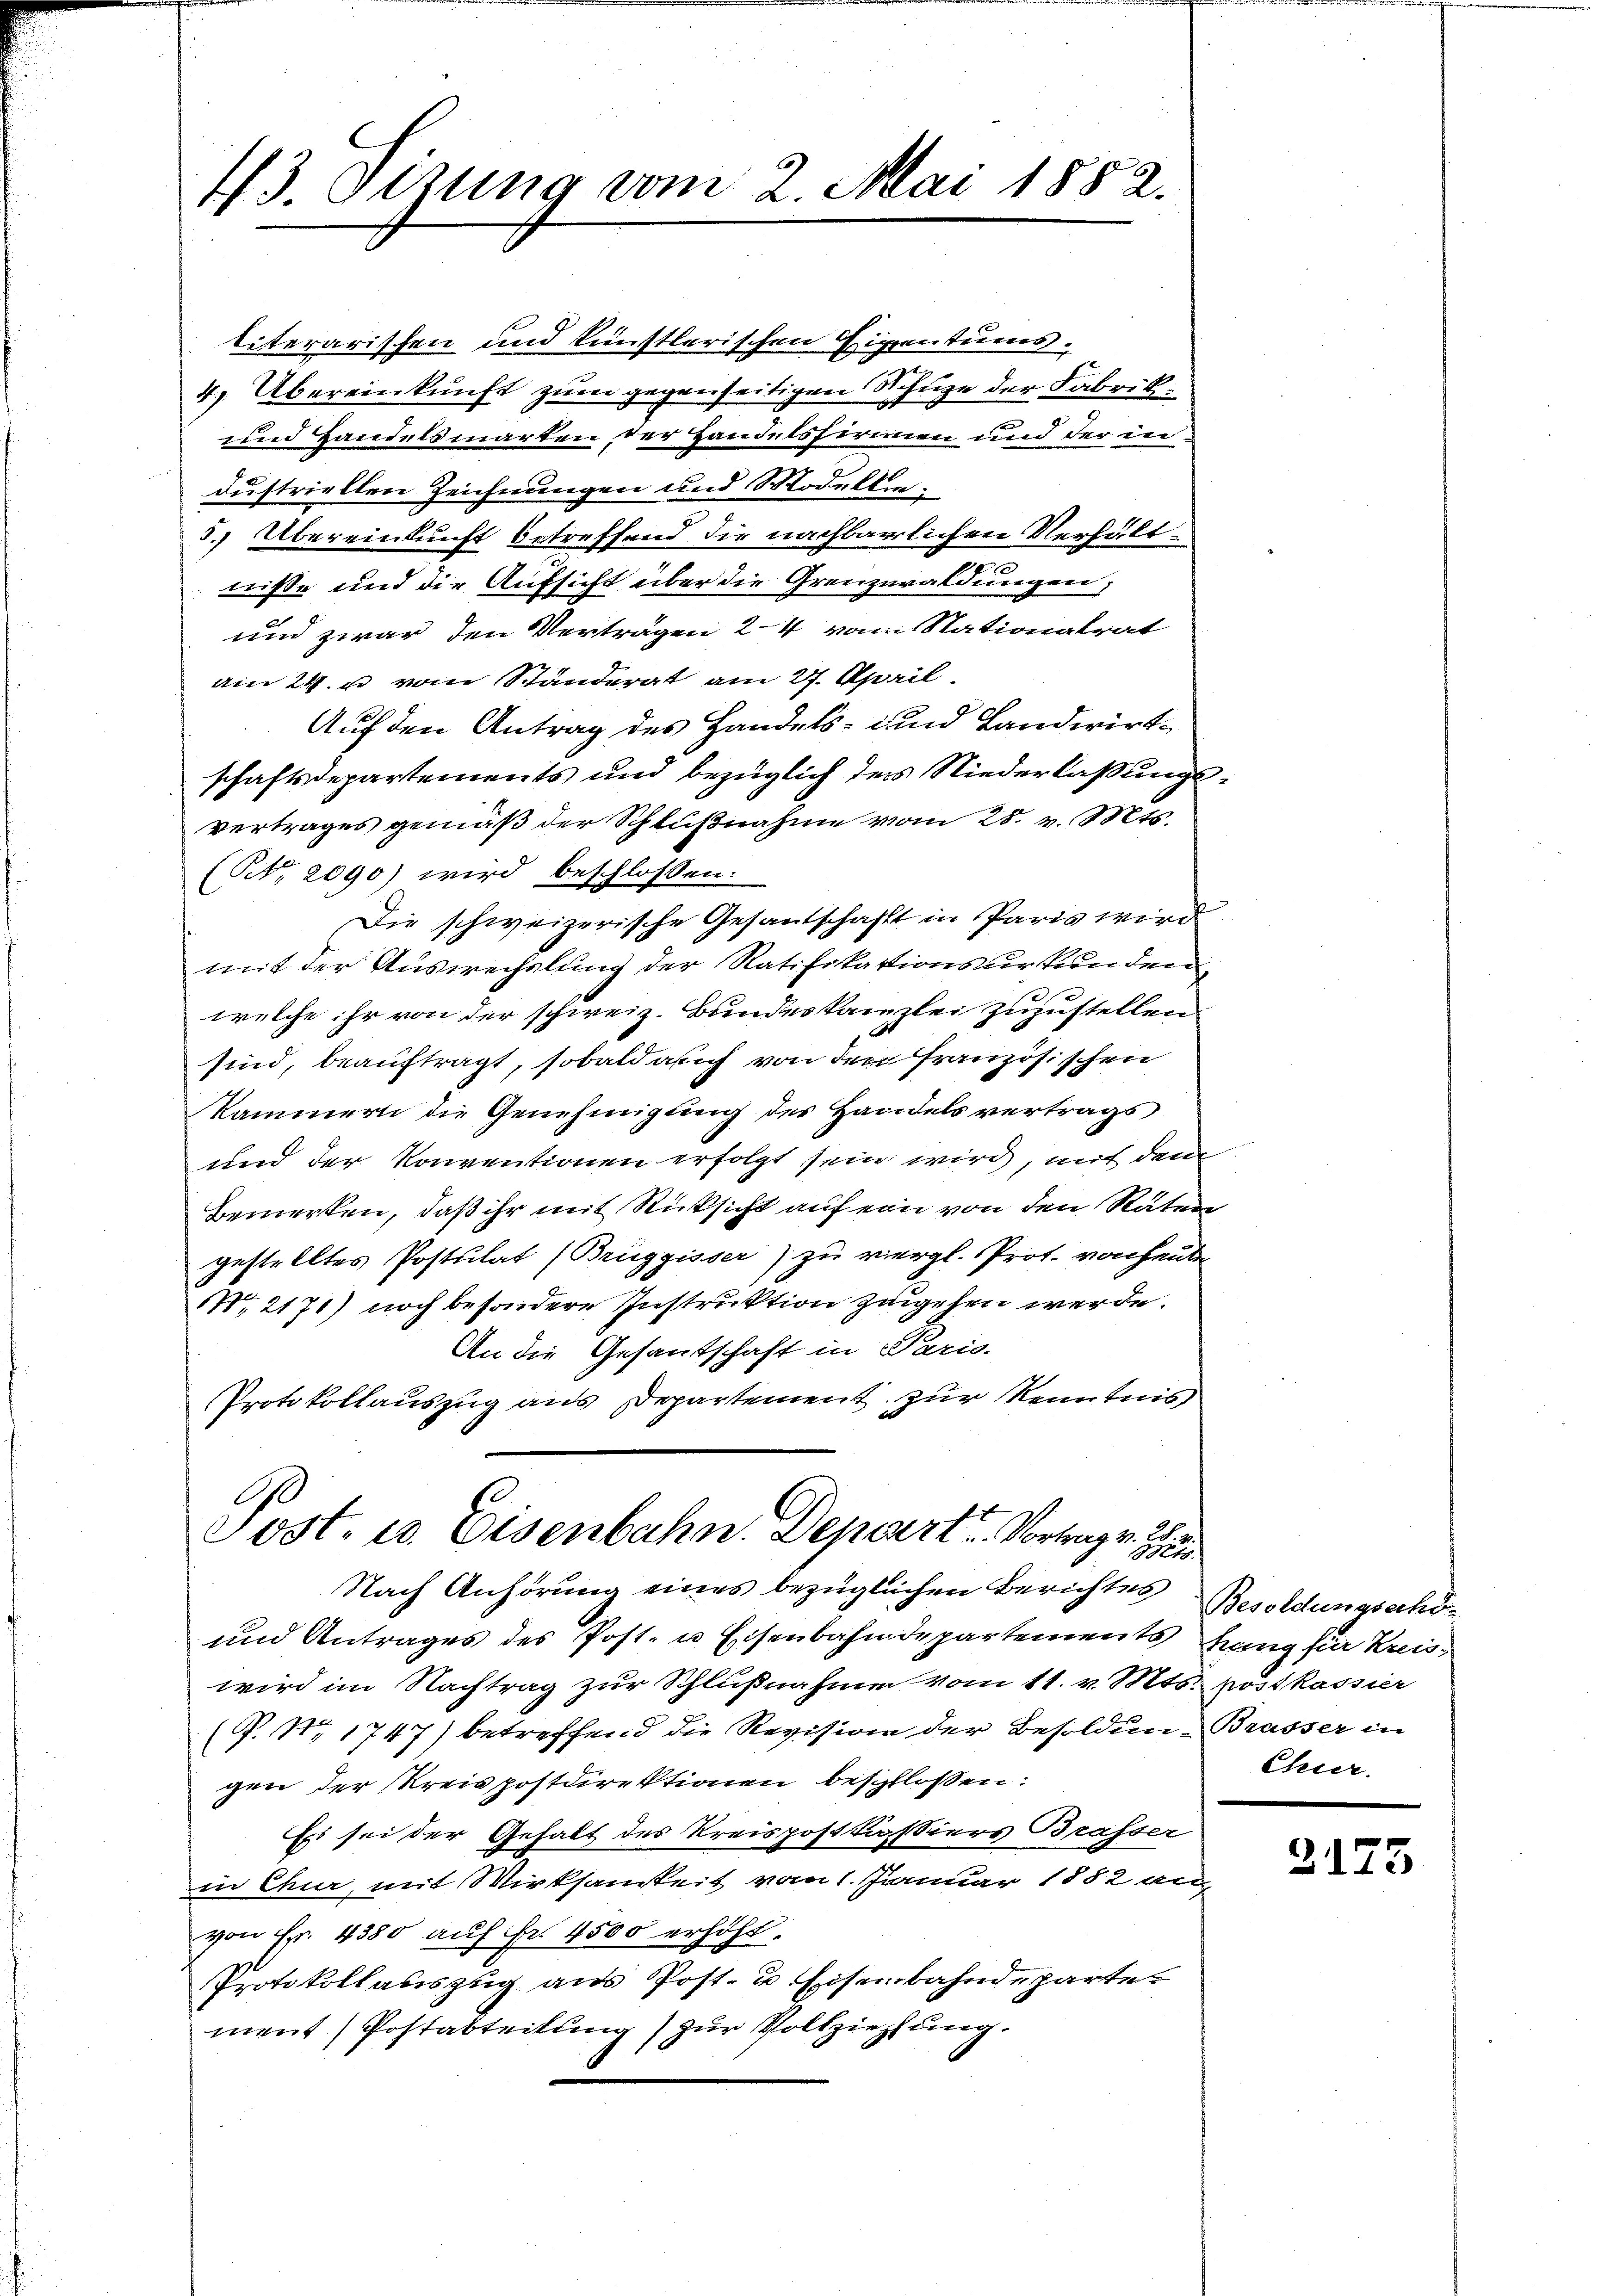
13. Ottung vom 2. Mai 1882.

titerarischen und künstlerischen Eigentums
4) Übereinkunft zum gegenseitigen Schüge der Fabrik¬
und Handelsmarken der Handelsfirmen und der in
dustriellen Zeichnungen und Modellen;
5. Übereinkunft betreffend die nachbarlichen Verhältnisse und die Aufsicht über die Grenzwaldungen,
und zwar den Verträgen 24 vom Stationalrat
amn 24. u vom Ständerat am 27. April
Auf den Antrag des Handels- und Landwirtschaftsdepartements und bezüglich der Niederlaßungsvertrages gemäß der Schlußnahme vom 28. v. Mts.
(Nr. 2090) wird beschlossen:
Die schweizerische Gesantschafft in Paris wird
mit der Auswechslung der Ratifikationsurkunden
welche ihr von der schweiz. Bundeskanzlei zuzustellen.
sind, beauftragt, sobald auch von den französischen
kammern die Genehmigung der Handelsvertrags
und der Konventionen erfolgt sein wird, mit dem
Bemerken, daß ihr mit Rücksicht auf ein von den Räten
gestelltes Postulat (Brüggisser) zu vergl. Prot. von heute
,2171) noch besondere Instruktion zugehen werde.
An die Gesandschaft in Paris.
Protokollauszug aus Departement zur Kenntnis

Post- u. Eisenbahn. Depart u. Vortrag v. 25.
Mts.

Nach Anhörung eines bezüglichen Berichtes Besoldungsand¬
und Antrages des Post- u Eisenbahndepartements lang für Kreiswird im Nachtrag zur Schlußnahme vom 11. v. Mts. köstkassier
(P. Nr. 1747) betreffend die Revision der Besoldun-Brasser in
gen der Kreispostdirektionen beschlossen:
Es sei der Gehalt des Kreispostkassiers Brasser
in Chur, mit Wirksamkeit vom 1. Januar 1882 an
von Fr. 4380 auf Fr. 4500 erhöht.
Protokollauszug aus Post- u. Eisenbahndeparte.
ment) Postabteilung) zur Vollziehung.

Chier.

2173